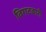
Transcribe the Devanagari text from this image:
विगटवारी